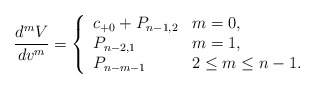
\begin{align*} \frac{d^mV}{dv^m}=\left\{ \begin{array}{ll} c_{+0}+P_{n-1,2} & m=0,\\ P_{n-2,1} & m=1,\\ P_{n-m-1} & 2\leq m\leq n-1. \end{array}\right.\end{align*}